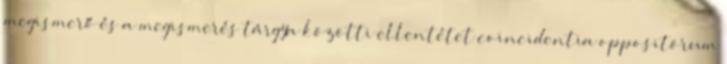
megismerő és a megismerés tárgya közötti ellentétet coincidentia oppositörum